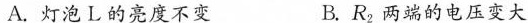
A.灯泡L的亮度不变 B.R_{2}两端的电压变大